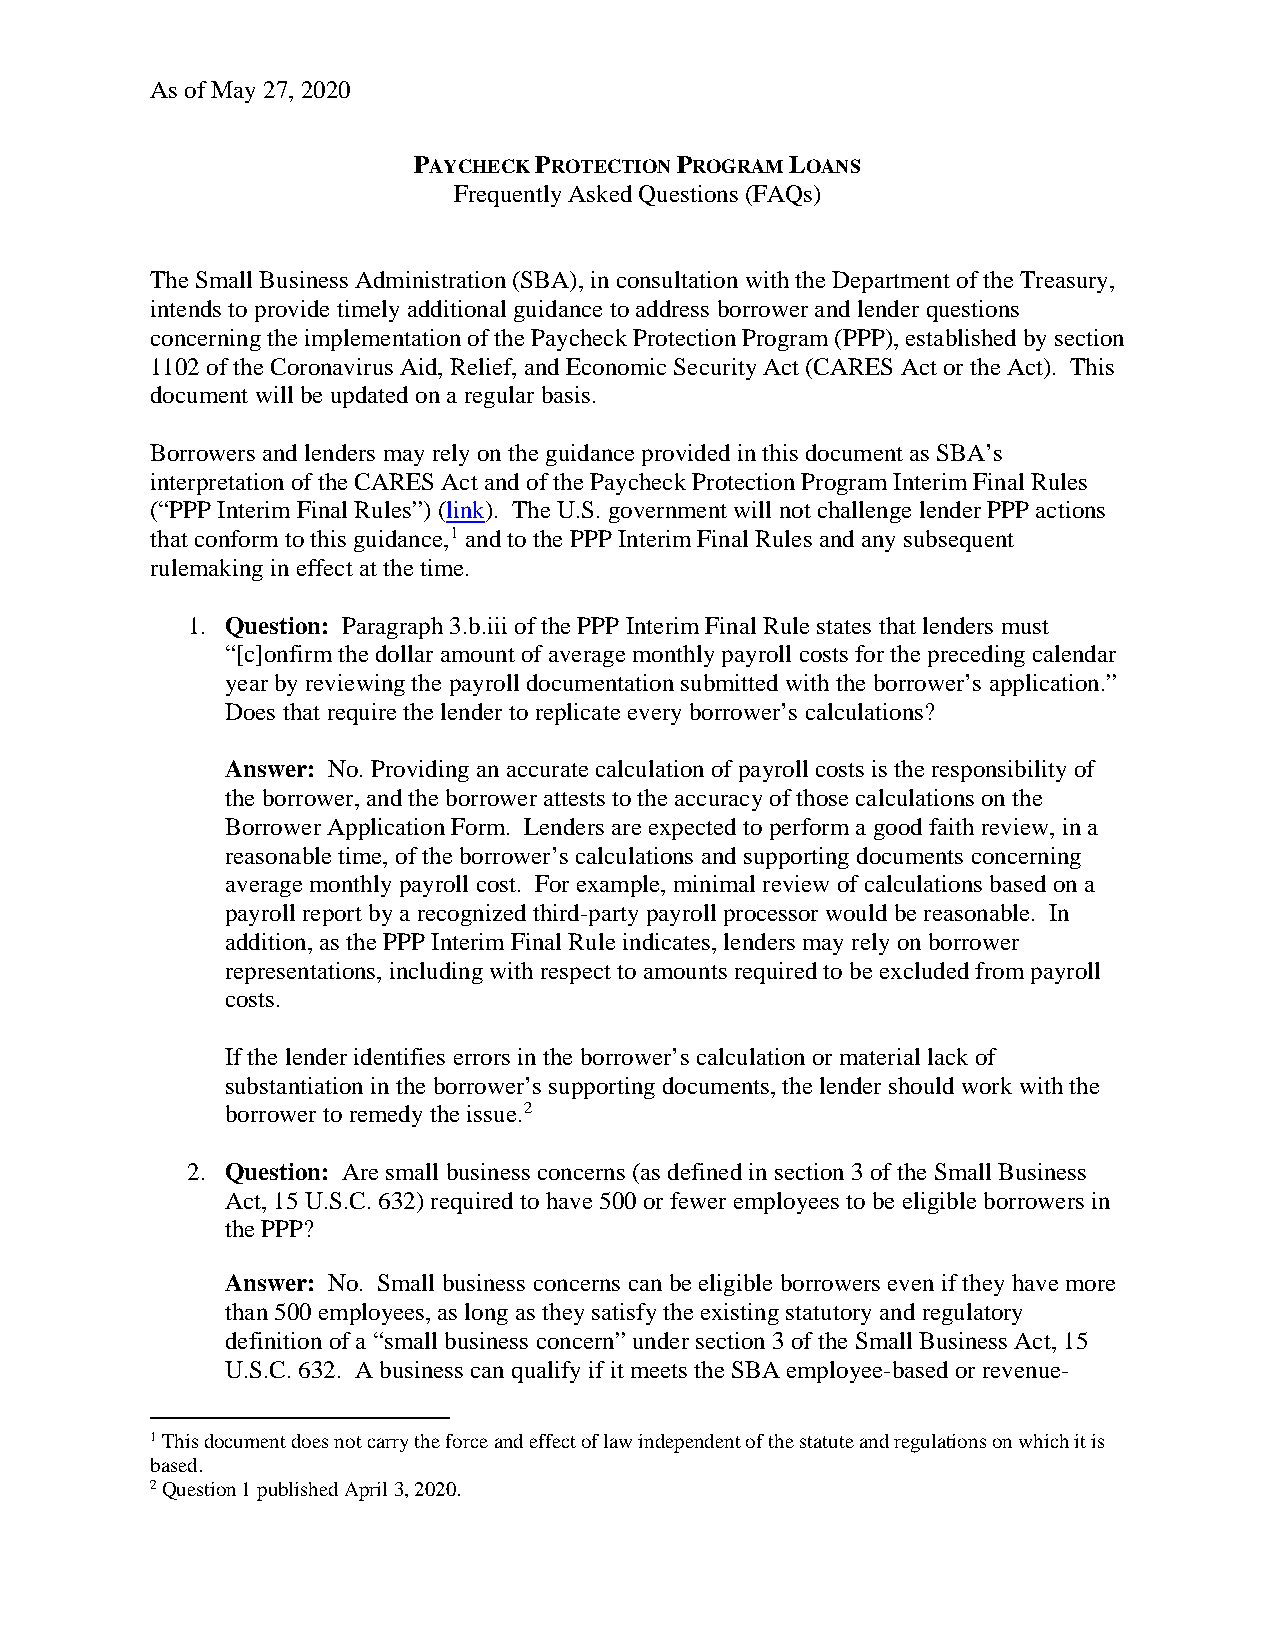
As of May 27, 2020
 PAYCHECK PROTECTION PROGRAM LOANS
 Frequently Asked Questions (FAQs)
 The Small Business Administration (SBA), in consultation with the Department of the Treasury,
 intends to provide timely additional guidance to address borrower and lender questions
 concerning the implementation of the Paycheck Protection Program (PPP), established by section
 1102 of the Coronavirus Aid, Relief, and Economic Security Act (CARES Act or the Act). This
 document will be updated on a regular basis.
 Borrowers and lenders may rely on the guidance provided in this document as SBA’s
 interpretation of the CARES Act and of the Paycheck Protection Program Interim Final Rules
 (“PPP Interim Final Rules”) (link). The U.S. government will not challenge lender PPP actions
 that conform to this guidance,1 and to the PPP Interim Final Rules and any subsequent
 rulemaking in effect at the time.
 1. Question: Paragraph 3.b.iii of the PPP Interim Final Rule states that lenders must
 “[c]onfirm the dollar amount of average monthly payroll costs for the preceding calendar
 year by reviewing the payroll documentation submitted with the borrower’s application.”
 Does that require the lender to replicate every borrower’s calculations?
 Answer: No. Providing an accurate calculation of payroll costs is the responsibility of
 the borrower, and the borrower attests to the accuracy of those calculations on the
 Borrower Application Form. Lenders are expected to perform a good faith review, in a
 reasonable time, of the borrower’s calculations and supporting documents concerning
 average monthly payroll cost. For example, minimal review of calculations based on a
 payroll report by a recognized third-party payroll processor would be reasonable. In
 addition, as the PPP Interim Final Rule indicates, lenders may rely on borrower
 representations, including with respect to amounts required to be excluded from payroll
 costs.
 If the lender identifies errors in the borrower’s calculation or material lack of
 substantiation in the borrower’s supporting documents, the lender should work with the
 borrower to remedy the issue.2
 2. Question: Are small business concerns (as defined in section 3 of the Small Business
 Act, 15 U.S.C. 632) required to have 500 or fewer employees to be eligible borrowers in
 the PPP?
 Answer: No. Small business concerns can be eligible borrowers even if they have more
 than 500 employees, as long as they satisfy the existing statutory and regulatory
 definition of a “small business concern” under section 3 of the Small Business Act, 15
 U.S.C. 632. A business can qualify if it meets the SBA employee-based or revenue-
 1 This document does not carry the force and effect of law independent of the statute and regulations on which it is
 based.
 2 Question 1 published April 3, 2020.